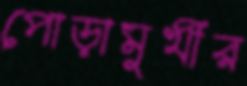
পোড়ামুখীর